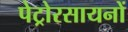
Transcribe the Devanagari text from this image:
पेट्रोरसायनों